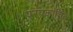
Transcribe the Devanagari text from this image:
परप्रकाशित